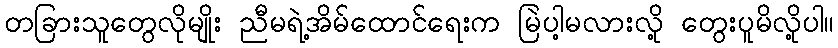
တခြားသူတွေလိုမျိုး ညီမရဲ့အိမ်ထောင်ရေးက မြဲပါ့မလားလို့ တွေးပူမိလို့ပါ။